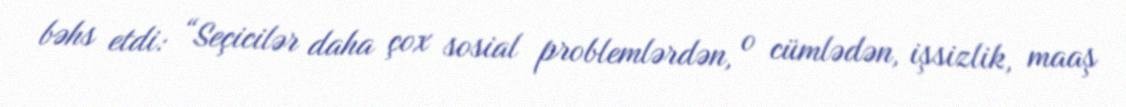
bəhs etdi: “Seçicilər daha çox sosial problemlərdən, o cümlədən, işsizlik, maaş